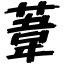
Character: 葦